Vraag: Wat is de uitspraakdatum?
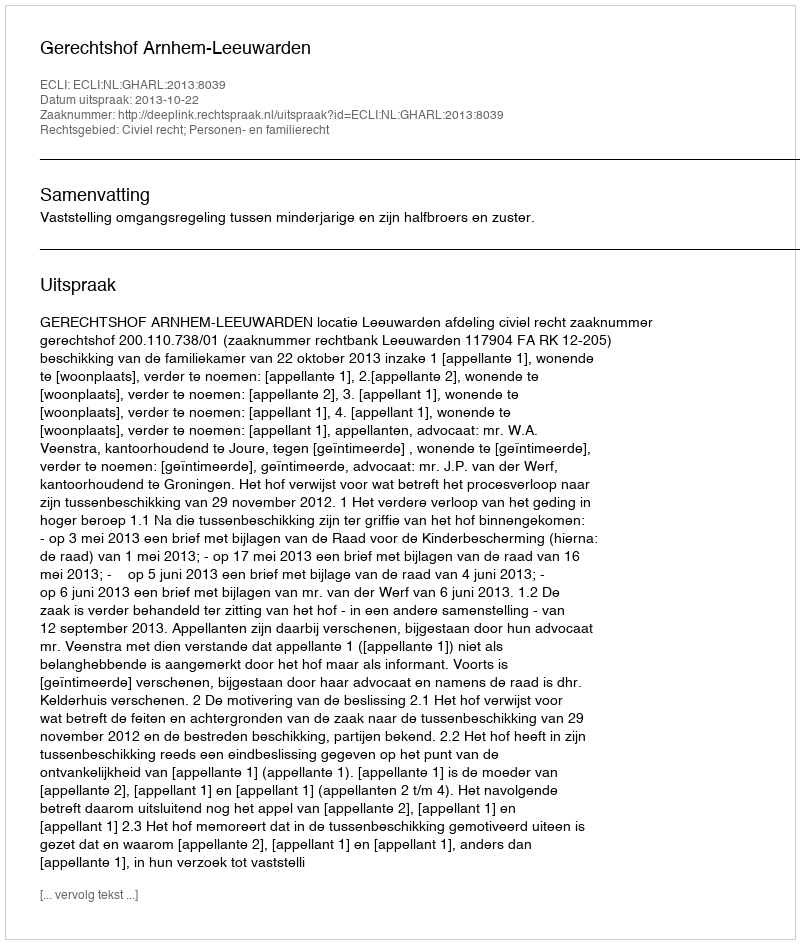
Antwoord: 2013-10-22